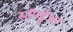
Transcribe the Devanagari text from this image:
सॉफ्ट्वेअर